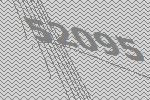
52095